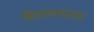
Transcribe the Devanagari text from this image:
पीपलदादा